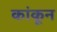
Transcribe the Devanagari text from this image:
कांकून